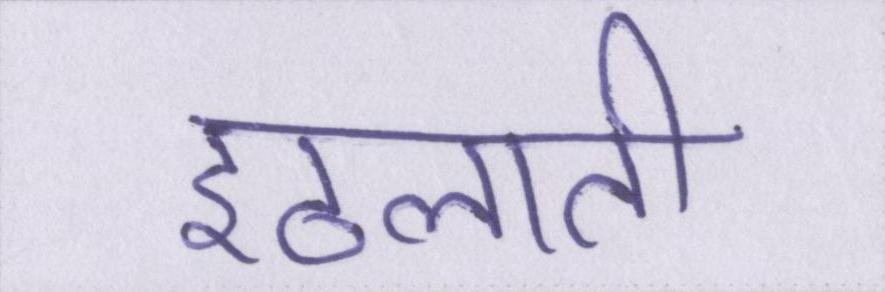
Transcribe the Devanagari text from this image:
इठलाती